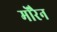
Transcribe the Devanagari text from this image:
मोरैन